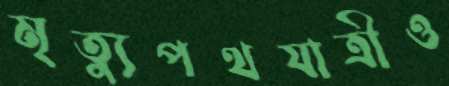
মৃত্যুপথযাত্রীও